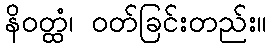
နိဝတ္ထံ၊ ဝတ်ခြင်းတည်း။